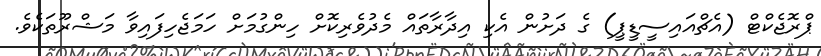
ޕްރޮޖެކްޓް (އެޗްއައިސީޑީޕީ) ގެ ދަށުން އެކި އިދާރާތައް މެދުވެރިކޮށް ހިންގުމަށް ހަމަޖެހިފައިވާ މަޝްރޫތަކެވެ.